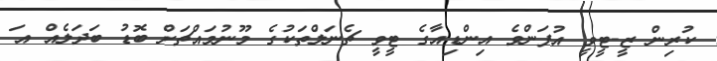
ކުރިން ޒީ-ޓީވީ އުފަންވެ އިންޑިއާގެ ޓީވީ ޗެނަލްތަކުގެ މޫނުމަައްޗަށް ބޮޑު ބަދަލެއް އަ